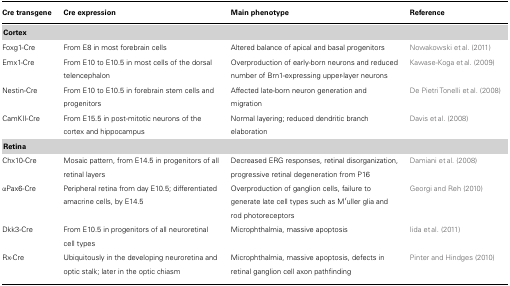
| Cre transgene | Cre expression | Main phenotype | Reference |
 | --- | --- | --- | --- |
 | Cortex |
 | Foxg1-Cre | From E8 in most forebrain cells | Altered balance of apical and basal progenitors | Nowakowski et al. (2011) |
 | Emx1-Cre | From E10 to E10.5 in most cells of the dorsal telencephalon | Overproduction of early-born neurons and reduced number of Brn1-expressing upper-layer neurons | Kawase-Koga et al. (2009) |
 | Nestin-Cre | From E10 to E10.5 in forebrain stem cells and progenitors | Affected late-born neuron generation and migration | De Pietri Tonelli et al. (2008) |
 | CamKII-Cre | From E15.5 in post-mitotic neurons of the cortex and hippocampus | Normal layering; reduced dendritic branch elaboration | Davis et al. (2008) |
 | Retina |
 | Chx10-Cre | Mosaic pattern, from E14.5 in progenitors of all retinal layers | Decreased ERG responses, retinal disorganization, progressive retinal degeneration from P16 | Damiani et al. (2008) |
 | αPax6-Cre | Peripheral retina from day E10.5; differentiated amacrine cells, by E14.5 | Overproduction of ganglion cells, failure to generate late cell types such as Müller glia and rod photoreceptors | Georgi and Reh (2010) |
 | Dkk3-Cre | From E10.5 in progenitors of all neuroretinal cell types | Microphthalmia, massive apoptosis | Iida et al. (2011) |
 | Rx-Cre | Ubiquitously in the developing neuroretina and optic stalk; later in the optic chiasm | Microphthalmia, massive apoptosis, defects in retinal ganglion cell axon pathfinding | Pinter and Hindges (2010) |